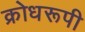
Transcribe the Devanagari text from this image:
क्रोधरूपी